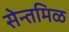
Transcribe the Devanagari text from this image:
सेन्तमिळ